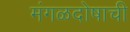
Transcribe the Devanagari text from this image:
मंगळदोषाची